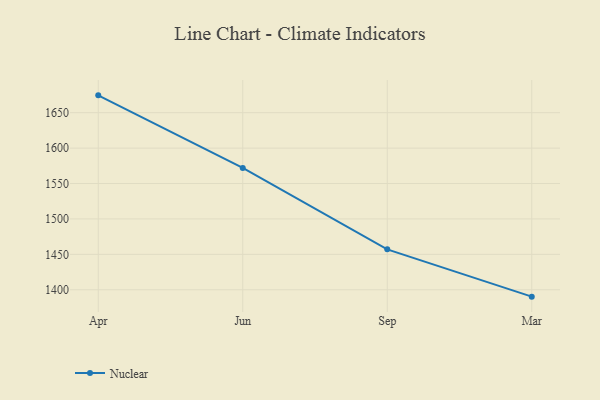
{"axis": {"x": "Month", "y": "Conversion Rate (%)"}, "legend": ["Nuclear"], "data": [{"x": "Apr", "y": 1674.5, "type": "Nuclear"}, {"x": "Jun", "y": 1572.0, "type": "Nuclear"}, {"x": "Sep", "y": 1457.1, "type": "Nuclear"}, {"x": "Mar", "y": 1390.3, "type": "Nuclear"}]}